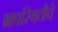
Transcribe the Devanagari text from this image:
भावस्थितीचे